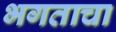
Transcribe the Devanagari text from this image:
भगताचा